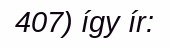
407) így ír: